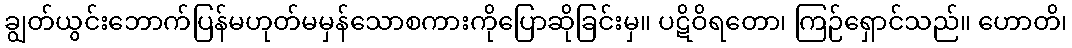
ချွတ်ယွင်းဘောက်ပြန်မဟုတ်မမှန်သောစကားကိုပြောဆိုခြင်းမှ။ ပဋိဝိရတော၊ ကြဉ်ရှောင်သည်။ ဟောတိ၊